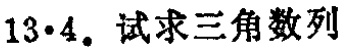
13·4. 试求三角数列